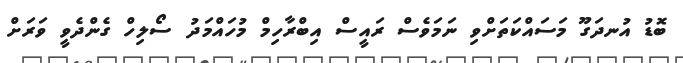
ބޮޑު އުނދަގޫ މަސައްކަތަށްވި ނަމަވެސް ރައީސް އިބްރާހިމް މުހައްމަދު ސޯލިހް ގެންދެވީ ވަރަށް